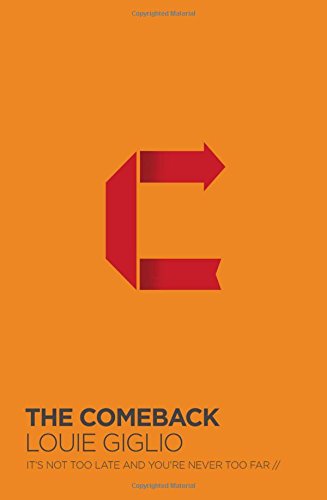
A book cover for The Comeback: It's Not Too Late and You're Never Too Far; Louie Giglio; Christian Books & Bibles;